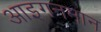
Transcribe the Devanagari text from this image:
आइगनमान